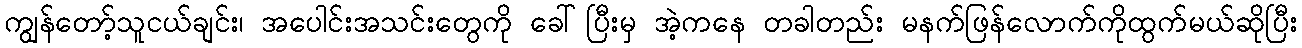
ကျွန်တော့်သူငယ်ချင်း၊ အပေါင်းအသင်းတွေကို ခေါ်ပြီးမှ အဲ့ကနေ တခါတည်း မနက်ဖြန်လောက်ကိုထွက်မယ်ဆိုပြီး